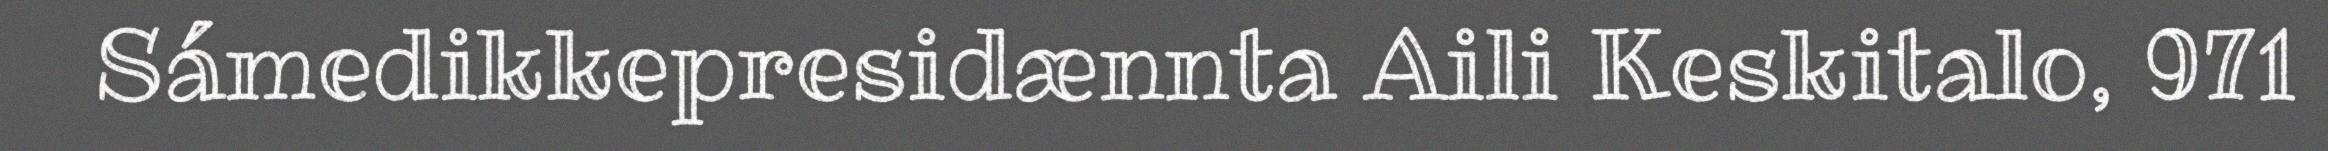
Sámedikkepresidænnta Aili Keskitalo, 971